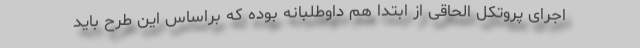
اجرای پروتکل الحاقی از ابتدا هم داوطلبانه بوده که براساس این طرح باید